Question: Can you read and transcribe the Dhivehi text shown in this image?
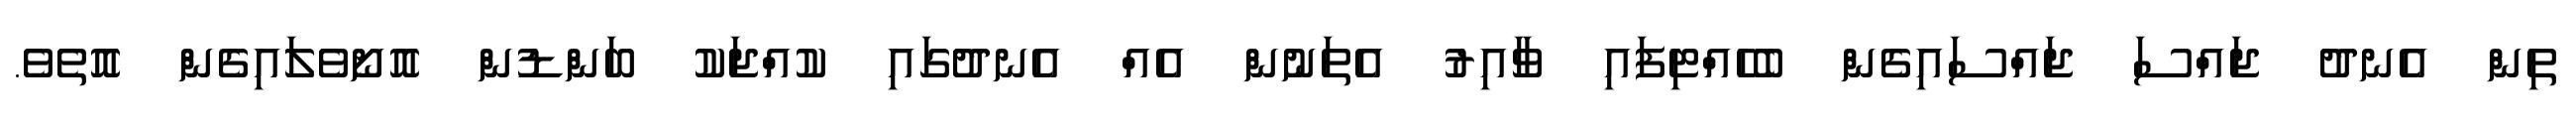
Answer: ތިން އެނދު ޖައްސަ ޖައްސައިގެން ބެހެއްޓިފައި ވާއިރު އެތަނުން އެއް އެނދުގައި ކުއްޖަކު ބަންޑުން އޮށޯވެލައިގެން އޮތެވެ.